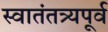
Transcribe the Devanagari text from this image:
स्वातंतत्र्यपूर्व